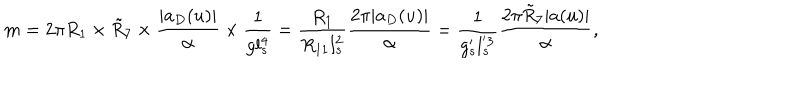
m = 2 \pi R _ { 1 } \times \tilde { R } _ { 7 } \times { \frac { | a _ { D } ( u ) | } { \alpha } } \times { \frac { 1 } { g l _ { s } ^ { 4 } } } = { \frac { R _ { 1 } } { R _ { 1 1 } l _ { s } ^ { 2 } } } { \frac { 2 \pi | a _ { D } ( u ) | } { \alpha } } = { \frac { 1 } { g _ { s } ^ { \prime } l _ { s } ^ { ' 3 } } } { \frac { 2 \pi \tilde { R } _ { 7 } | a ( u ) | } { \alpha } } ,